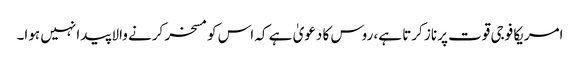
امریکا فوجی قوت پر ناز کرتا ہے، روس کا دعویٰ ہے کہ اس کو مسخر کرنے والا پیدا نہیں ہوا۔